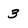
Character: 3